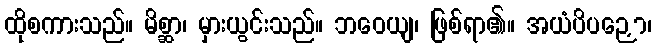
ထိုစကားသည်။ မိစ္ဆာ၊ မှားယွင်းသည်။ ဘဝေယျ၊ ဖြစ်ရာ၏။ အယံပိပဉှော၊